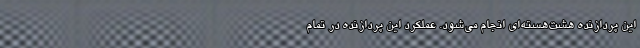
این پردازنده هشت‌هسته‌ای انجام می‌شود. عملکرد این پردازنده در تمام